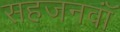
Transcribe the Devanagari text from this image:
सहजनवॉं